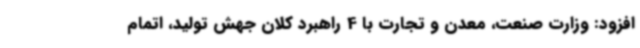
افزود: وزارت صنعت، معدن و تجارت با 4 راهبرد کلان جهش تولید، اتمام